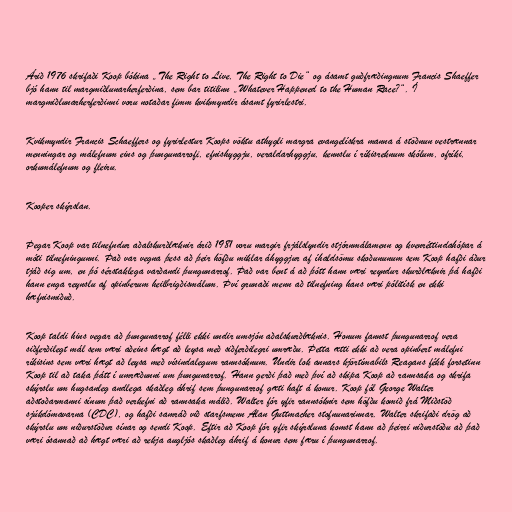
Árið 1976 skrifaði Koop bókina „The Right to Live, The Right to Die“ og ásamt guðfræðingnum Francis Shaeffer
bjó hann til margmiðlunarherferðina, sem bar titilinn „Whatever Happened to the Human Race?“. Í
margmiðlunarherferðinni voru notaðar fimm kvikmyndir ásamt fyrirlestri.

Kvikmyndir Francis Schaeffers og fyrirlestur Koops vöktu athygli margra evangelískra manna á stöðnun vestrænnar
menningar og málefnum eins og þungunarrofi, efnishyggju, veraldarhyggju, kennslu í ríkisreknum skólum, ofríki,
orkumálefnum og fleiru.

Kooper skýrslan.

Þegar Koop var tilnefndur aðalskurðlæknir árið 1981 voru margir frjálslyndir stjórnmálamenn og kvenréttindahópar á
móti tilnefningunni. Það var vegna þess að þeir höfðu miklar áhyggjur af íhaldsömu skoðununum sem Koop hafði áður
tjáð sig um, en þó sérstaklega varðandi þungunarrof. Það var bent á að þótt hann væri reyndur skurðlæknir þá hafði
hann enga reynslu af opinberum heilbrigðismálum. Því grunaði menn að tilnefning hans væri pólitísk en ekki
hæfnismiðuð.

Koop taldi hins vegar að þungunarrof félli ekki undir umsjón aðalskurðlæknis. Honum fannst þungunarrof vera
siðferðilegt mál sem væri aðeins hægt að leysa með siðferðilegri umræðu. Þetta ætti ekki að vera opinbert málefni
ríkisins sem væri hægt að leysa með vísindalegum rannsóknum. Undir lok annars kjörtímabils Reagans fékk forsetinn
Koop til að taka þátt í umræðunni um þungunarrof. Hann gerði það með því að skipa Koop að rannsaka og skrifa
skýrslu um hugsanleg andlega skaðleg áhrif sem þungunarrof gæti haft á konur. Koop fól George Walter
aðstoðarmanni sínum það verkefni að rannsaka málið. Walter fór yfir rannsóknir sem höfðu komið frá Miðstöð
sjúkdómavarna (CDC), og hafði samráð við starfsmenn Alan Guttmacher stofnunarinnar. Walter skrifaði drög að
skýrslu um niðurstöður sínar og sendi Koop. Eftir að Koop fór yfir skýrsluna komst hann að þeirri niðurstöðu að það
væri ósannað að hægt væri að rekja augljós skaðleg áhrif á konur sem færu í þungunarrof.